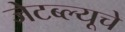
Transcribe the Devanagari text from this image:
जेटब्ल्यूचे